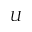
U